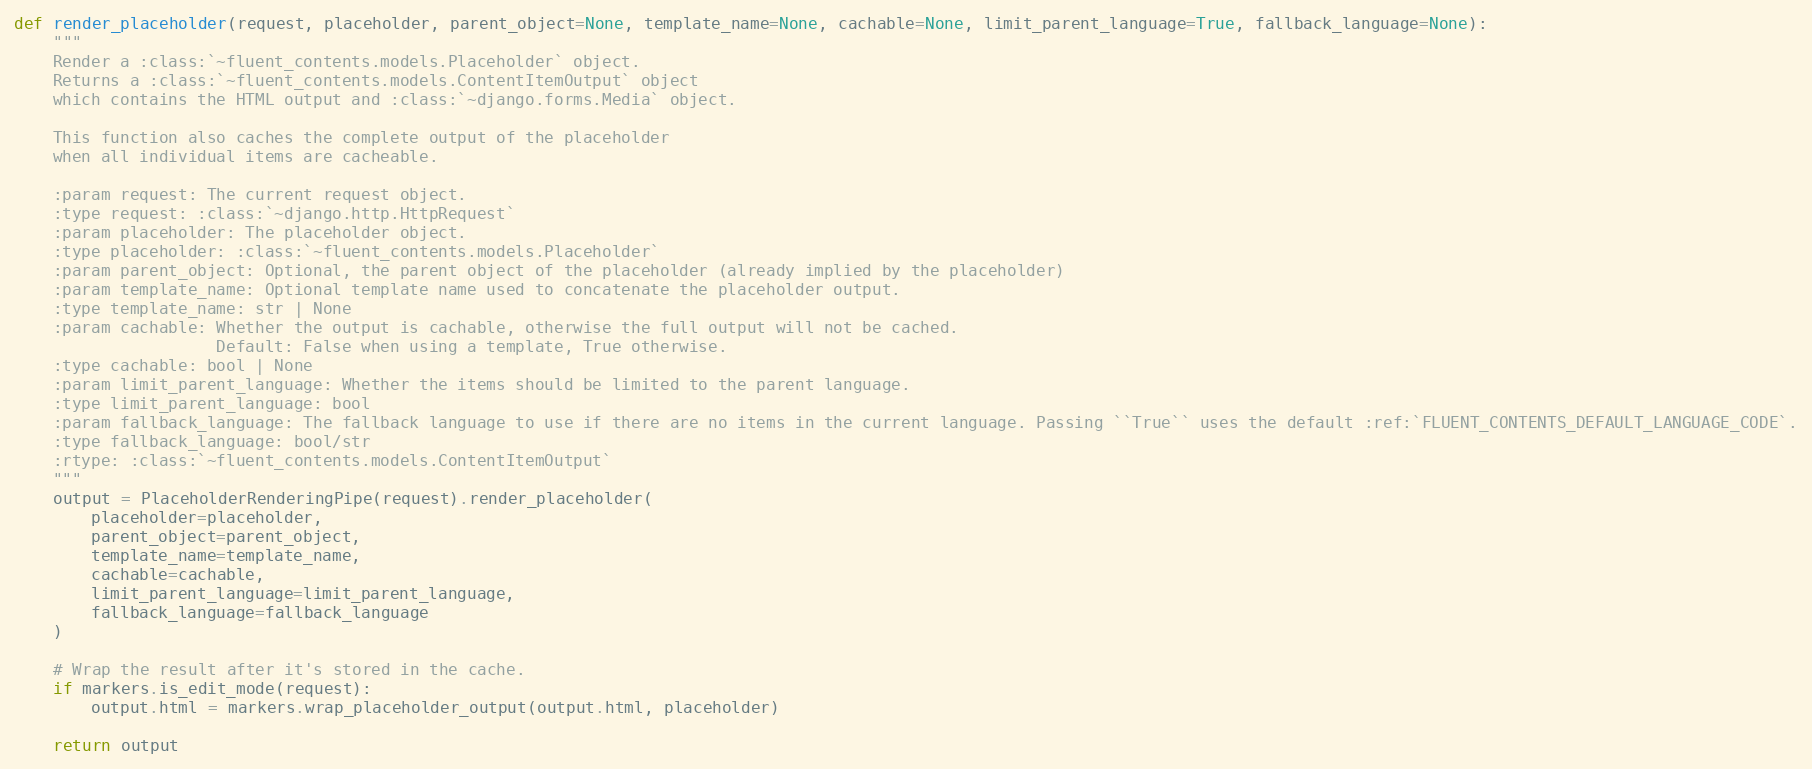
Language: Python
def render_placeholder(request, placeholder, parent_object=None, template_name=None, cachable=None, limit_parent_language=True, fallback_language=None):
    """
    Render a :class:`~fluent_contents.models.Placeholder` object.
    Returns a :class:`~fluent_contents.models.ContentItemOutput` object
    which contains the HTML output and :class:`~django.forms.Media` object.

    This function also caches the complete output of the placeholder
    when all individual items are cacheable.

    :param request: The current request object.
    :type request: :class:`~django.http.HttpRequest`
    :param placeholder: The placeholder object.
    :type placeholder: :class:`~fluent_contents.models.Placeholder`
    :param parent_object: Optional, the parent object of the placeholder (already implied by the placeholder)
    :param template_name: Optional template name used to concatenate the placeholder output.
    :type template_name: str | None
    :param cachable: Whether the output is cachable, otherwise the full output will not be cached.
                     Default: False when using a template, True otherwise.
    :type cachable: bool | None
    :param limit_parent_language: Whether the items should be limited to the parent language.
    :type limit_parent_language: bool
    :param fallback_language: The fallback language to use if there are no items in the current language. Passing ``True`` uses the default :ref:`FLUENT_CONTENTS_DEFAULT_LANGUAGE_CODE`.
    :type fallback_language: bool/str
    :rtype: :class:`~fluent_contents.models.ContentItemOutput`
    """
    output = PlaceholderRenderingPipe(request).render_placeholder(
        placeholder=placeholder,
        parent_object=parent_object,
        template_name=template_name,
        cachable=cachable,
        limit_parent_language=limit_parent_language,
        fallback_language=fallback_language
    )

    # Wrap the result after it's stored in the cache.
    if markers.is_edit_mode(request):
        output.html = markers.wrap_placeholder_output(output.html, placeholder)

    return output